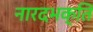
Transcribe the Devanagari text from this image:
नारदभक्ति